Annual vaccination report of Bihar and Orissa - 1911-1928
Year: 1911
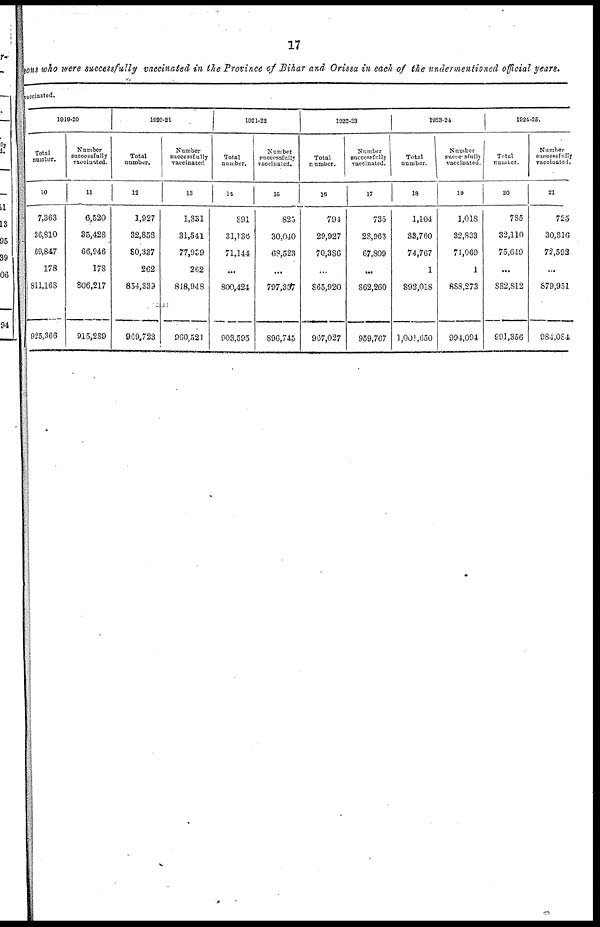
17
sons who were successfully vaccinated in the Province of Bihar and Orissa in each of the undermentioned official years.
vaccinated.
1019-20
Total
number.
10
7,363
36,810
69,847
178
811,168
925,366
Number
successfully
vaccinated.
11
6,520
35,428
66,946
178
806,217
915,289
1920-21
Total
number.
12
1,927
32,858
80,337
262
854,339
969,723
Number
successfully
vaccinated
13
1,831
31,541
77,989
262
848,948
960,521
1021-22
Total
number.
14
891
31,136
71,144
...
800,424
903,595
Number
successfully
vaccinated.
15
825
30,040
68,523
...
797,357
896,745
1922-23
Total
number.
16
794
29,927
70,386
...
865,920
967,027
Number
successfully
vaccinated.
17
735
28,963
67,809
...
862,260
959,767
1923-24
Total
number.
18
1,104
33,760
74,767
1
892,018
1,001,650
Number
successfully
vaccianted.
19
1,018
32,833
71,969
1
888,273
994,094
1924-25.
Total
number.
20
785
32,110
75,649
...
882,812
991,356
Number
successfully
vaccinated.
21
725
30,816
72,592
...
879,951
984,084